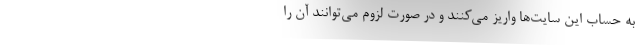
به حساب این سایت‌ها واریز می‌کنند و در صورت لزوم می‌توانند آن را